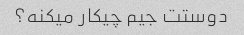
دوستت جیم چیکار میکنه؟